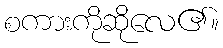
စကားကိုဆိုလေ၏။